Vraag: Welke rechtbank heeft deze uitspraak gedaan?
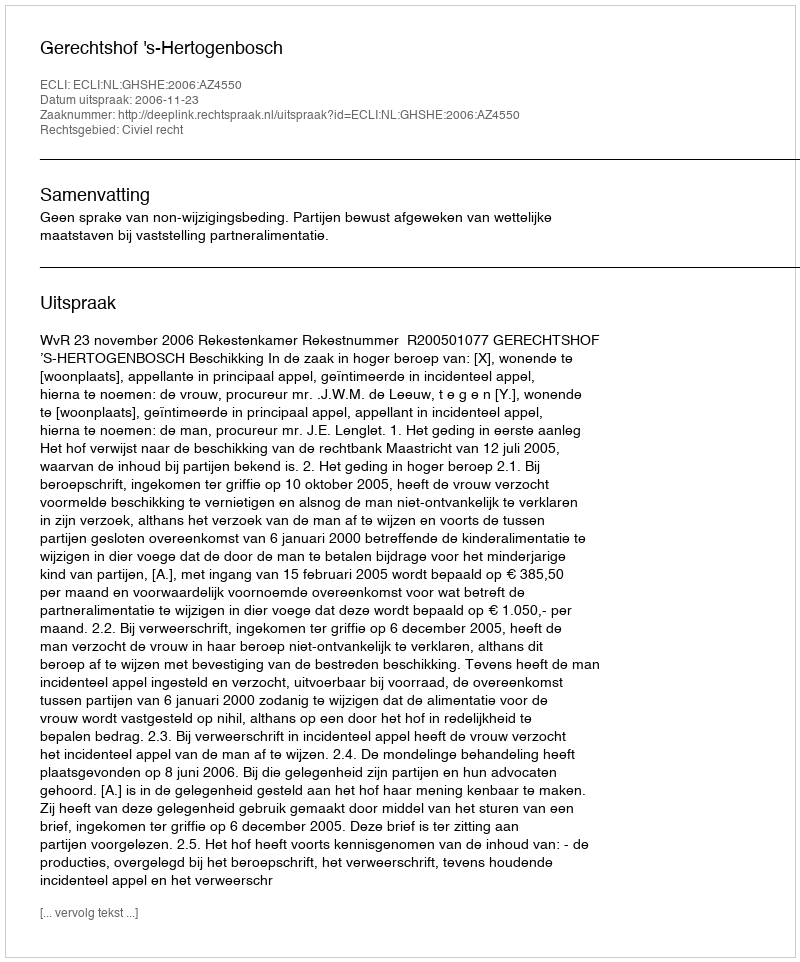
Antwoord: Gerechtshof 's-Hertogenbosch